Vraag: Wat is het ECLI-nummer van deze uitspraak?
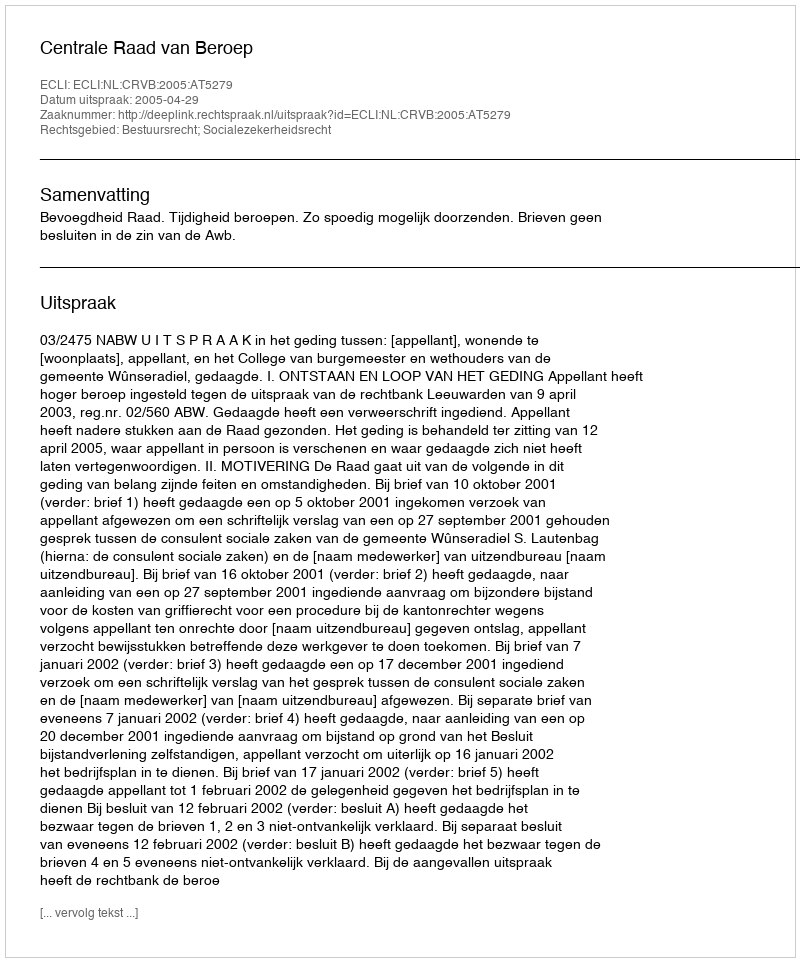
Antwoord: ECLI:NL:CRVB:2005:AT5279